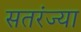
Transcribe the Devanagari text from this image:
सतरंज्या